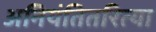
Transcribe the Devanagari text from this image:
अनियंतितरित्या